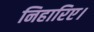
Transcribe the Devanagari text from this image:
निहारिए।